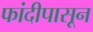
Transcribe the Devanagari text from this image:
फांदीपासून